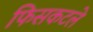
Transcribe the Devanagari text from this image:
फिसकटले